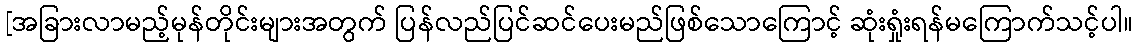
[အခြားလာမည့်မုန်တိုင်းများအတွက် ပြန်လည်ပြင်ဆင်ပေးမည်ဖြစ်သောကြောင့် ဆုံးရှုံးရန်မကြောက်သင့်ပါ။